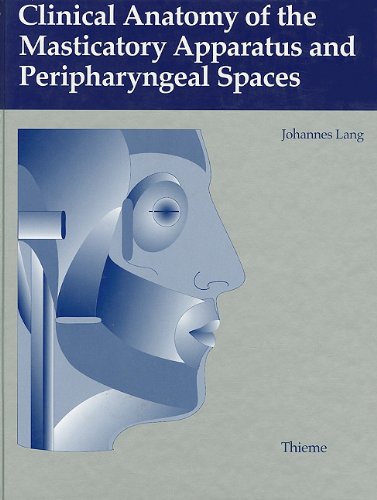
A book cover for Clinical Anatomy of the Masticatory Apparatus and Peripharyngeal Spaces; Johannes Lang; Medical Books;